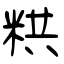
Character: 粠